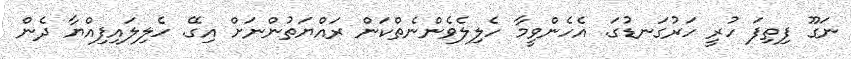
ނަގޫ ފިތިފަ ހުރީ ހަރުގަނޑުގަ. އެހެންވީމާ ހެލިލެވެންނެތްކަން ރައްޔަތުންނަށް އިގޭ. ހެލިލައިފިއްޔާ ދެން